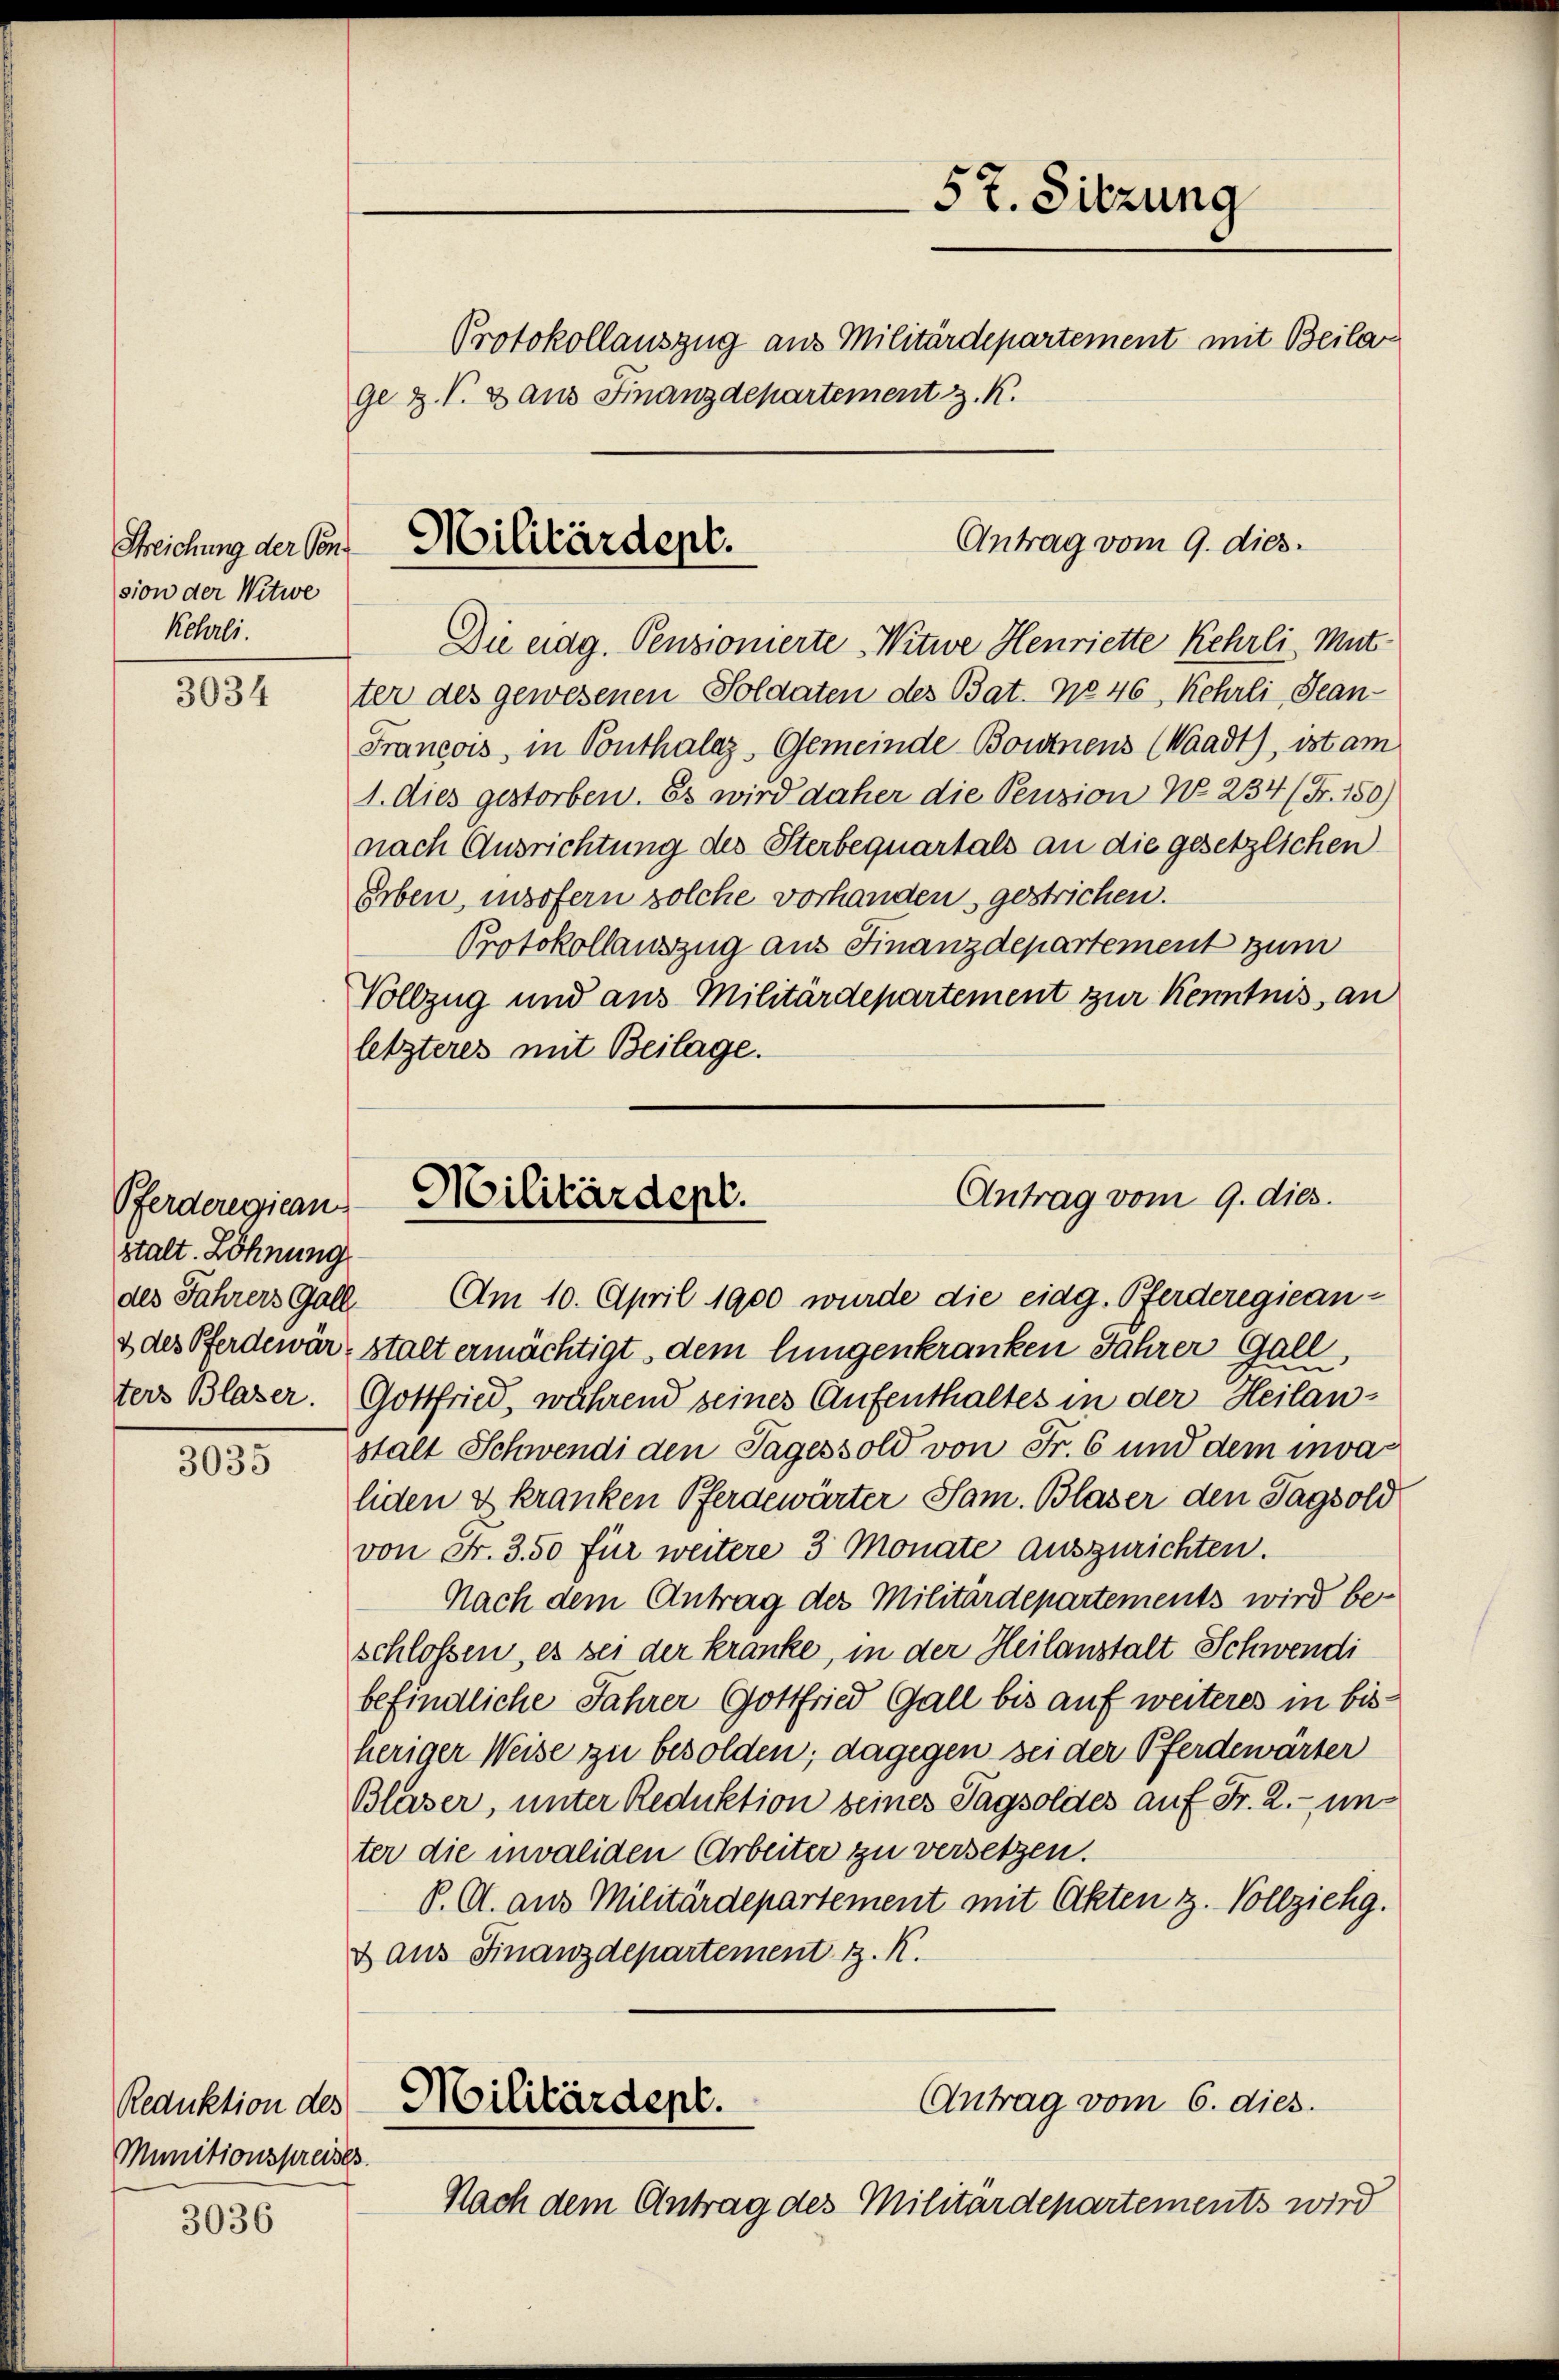
Streichung der Consion der Witwe
Kehrli.

3034

stalt. Löhnung

3035

Reduktion des
Munitionspreises.

3036

ge Z. V. 3 aus Finanzdepartement z. K.

57. Sitzung
Protokollauszug aus Militärdepartement mit Beilar

Antrag vom 9. dies
Militärdept.

Antrag vom 9. dies
Pferderegieng Militärdept.

Die eidg. Pensionierte Witwe Henriette Kehrli, Mutter des gewesenen Soldaten des Bat. No 46, Kehrli, Sean-
Francois, in Conthalaz, Gemeinde Bonnens (Waadt), ist am
1. dies gestorben. Es wird daher die Penzion N. 234 (Fr. 150)
nach Ausrichtung des Sterbequartals an die gesetzlichen
Erben, insofern solche vorhanden, gestrichen.
Protokollauszug aus Finanzdepartement zum
Vollzug und aus Militärdepartement zur Kenntnis an
letzteres mit Beilage.
des Jahrers Gall. Am 10. April 1900 wurde die eidg. Pferderegiean-
& des Pferdewär, stalt ermächtigt, dem lungenkranken Jahrer Gall,
ters Blaser. Gottfried, während seines Aufenthaltes in der Heilanstalt Schwendi den Tagessold von Fr. 6 und dem invaliden & kranken Pferdewärter Sam. Blaser den Tagsold
von Fr. 350 für weitere 3 Monate auszurichten.
Nach dem Antrag der Militärdepartements wird beschlossen, es sei der kranke, in der Heilanstalt Schwendi
befindliche Jahrer Gottfried Gall bis auf weiteres in bisheriger Weise zu besolden; dagegen sei der Pferdewärter
Blaser, unter Reduktion seines Tagsoldes auf Fr. 2.- unter die invaliden Arbeiter zu versetzen.
P. A. aus Militärdepartement mit Akten z. Vollziehg.
d aus Finanzdepartement z. K.
Antrag vom 6. dies.
Militärdept.
Nach dem Antrag des Militärdepartements wird